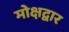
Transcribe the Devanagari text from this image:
मोक्षद्वार